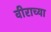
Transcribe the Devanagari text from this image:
वीराच्या